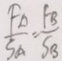
\frac { F _ { \Delta } } { S _ { \Delta } } = \frac { F B } { S _ { B } }